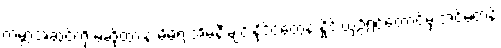
ကမ္ဘာ့အဆင့်ကို မဆိုထားနဲ့ မိမိရဲ့ အိမ်နီးချင်းနိုင်ငံတွေနဲ့ နှိုင်းယှဉ်ရင်တောင်မှ အင်မတန်